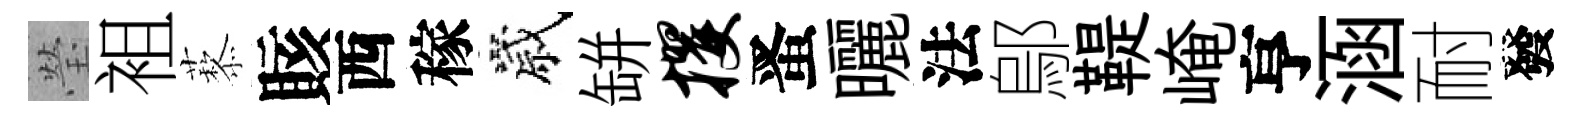
瑩袓藜賅西稼歲缾攫󱉠曬法鄔鞮崦亨涵耐發